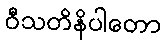
ဝီသတိနိပါတော